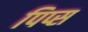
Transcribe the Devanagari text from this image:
पिप्स